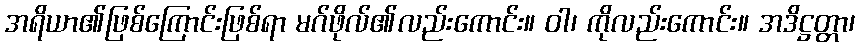
အရိယာ၏ဖြစ်ကြောင်းဖြစ်ရာ မဂ်ဖိုလ်၏လည်းကောင်း။ ဝါ၊ ကိုလည်းကောင်း။ အဒိဋ္ဌတ္တာ၊